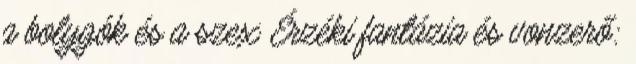
a bolygók és a szex Érzéki fantázia és vonzerő: